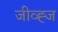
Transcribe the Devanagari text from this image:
जीव्ह्ज